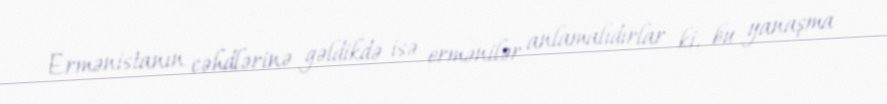
Ermənistanın cəhdlərinə gəldikdə isə ermənilər anlamalıdırlar ki, bu yanaşma